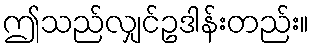
ဤသည်လျှင်ဥဒါန်းတည်း။